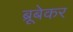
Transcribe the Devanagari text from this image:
ब्रूबेकर